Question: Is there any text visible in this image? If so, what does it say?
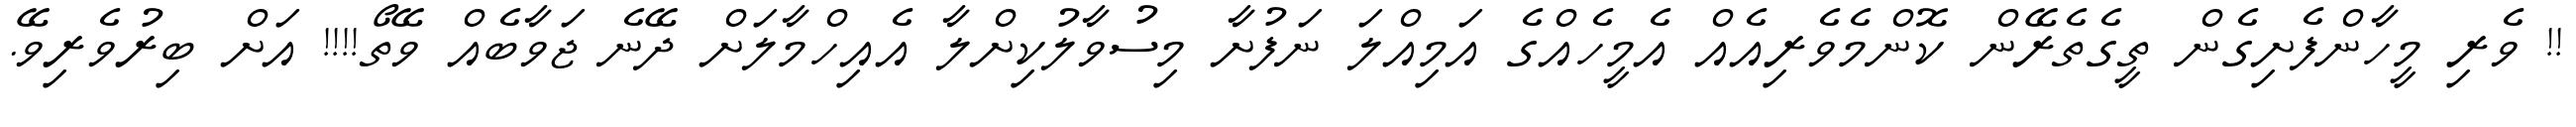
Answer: !! ވެރި މީހާންފެށިގެން ތީގެތެރޭން ކޮންމެވެރިއެއް އެމީހެއްގެ އަމިއްލަ ނަފުށާ މިސުވާލުކިށްލާ އެއިހްމާލަށް ދޭނެ ޖަވާބެއް ވޭތޯ!!!! އަށް ބިރުވެރިވޭ.